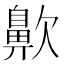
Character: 𪖗